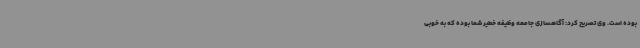
بوده است. وی تصریح کرد: آگاهسازی جامعه وظیفه خطیر شما بوده که به خوبی